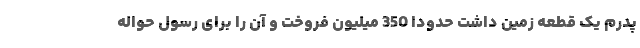
پدرم یک قطعه زمین داشت حدودا 350‌ میلیون فروخت و آن را برای رسول حواله